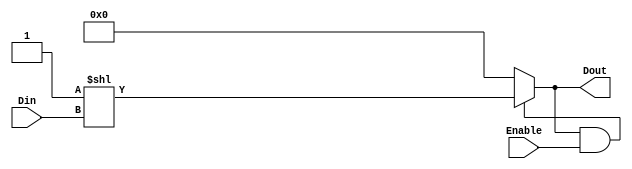
module DEC2_to_4 (
 output wire [3:0] Dout,
 input  wire [1:0] Din,
 input  wire       Enable
);
 
 assign Dout = (Dout && Enable) ? (4'b0001 << Din) : 0;

endmodule